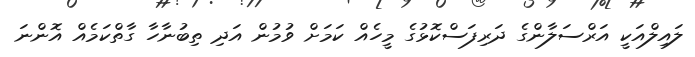
ލައިލްއަކީ އަރްސަލާންގެ ދަރިފަސްކޮޅުގެ މީހެއް ކަމަށް ވުމުން އަދި ތިބުނާހާ ގާތްކަމެއް އޮންނަ